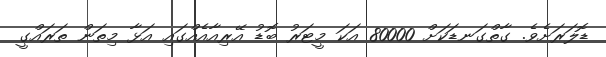
ޑޮލަރަށެވެ. ގާތްގަނޑަކަށް 80000 އަކަ މީޓަރު ބޮޑު އޭރިއާއެއްގައި އަޅާ މިތަން ތަރައްގީ